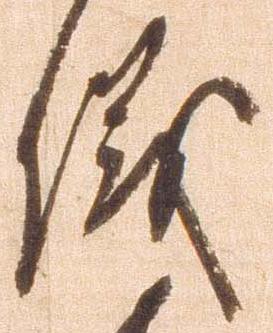
儀